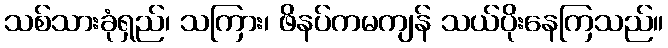
သစ်သားခုံရှည်၊ သကြား၊ ဖိနပ်ကမကျန် သယ်ပိုးနေကြသည်။